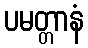
ပမတ္တာနံ